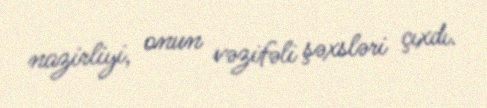
nazirliyi, onun vəzifəli şəxsləri çıxdı.